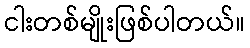
ငါးတစ်မျိုးဖြစ်ပါတယ်။